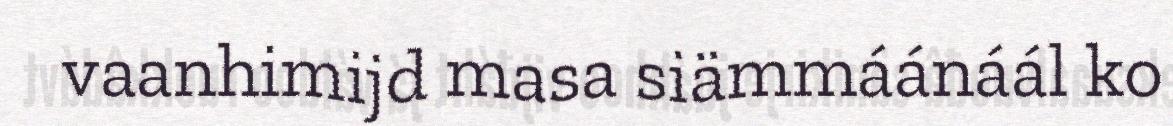
vaanhimijd masa siämmáánáál ko